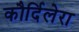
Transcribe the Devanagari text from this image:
कौर्दिलेरा